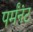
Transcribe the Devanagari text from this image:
पर्मंनंट